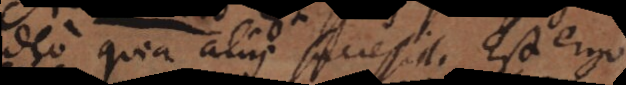
ideo quia aliis successit. Est ergo